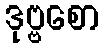
ဒုဗ္ဗစော